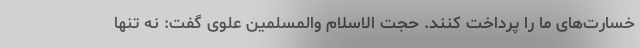
خسارت‌های ما را پرداخت کنند. حجت الاسلام والمسلمین علوی گفت: نه تنها